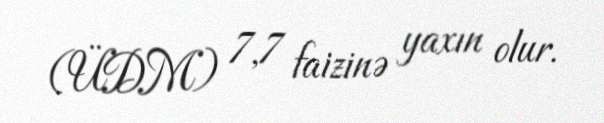
(ÜDM) 7,7 faizinə yaxın olur.